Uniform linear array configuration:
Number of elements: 8
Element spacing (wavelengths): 0.75
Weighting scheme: kaiser
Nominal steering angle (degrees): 60
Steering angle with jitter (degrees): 58.513
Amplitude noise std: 0.05
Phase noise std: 0.05

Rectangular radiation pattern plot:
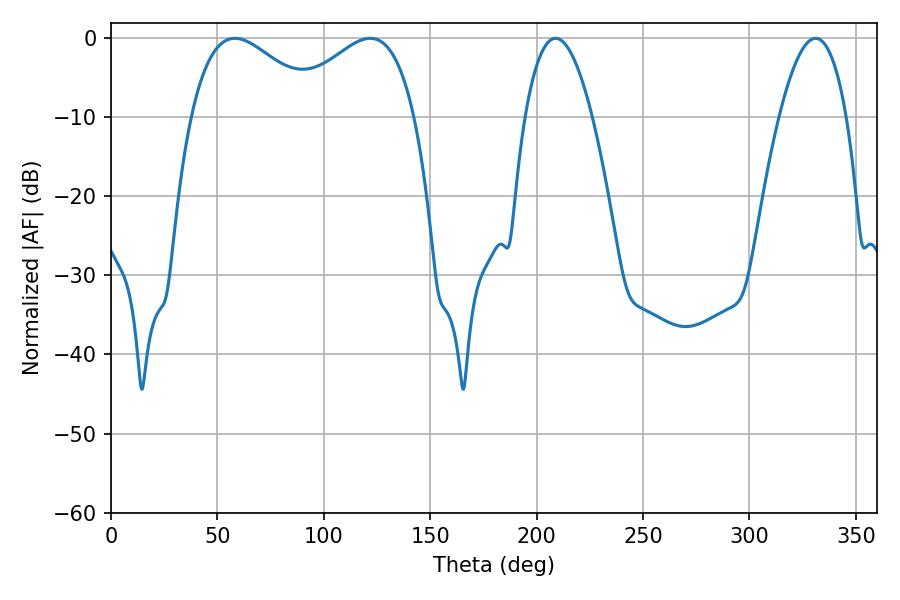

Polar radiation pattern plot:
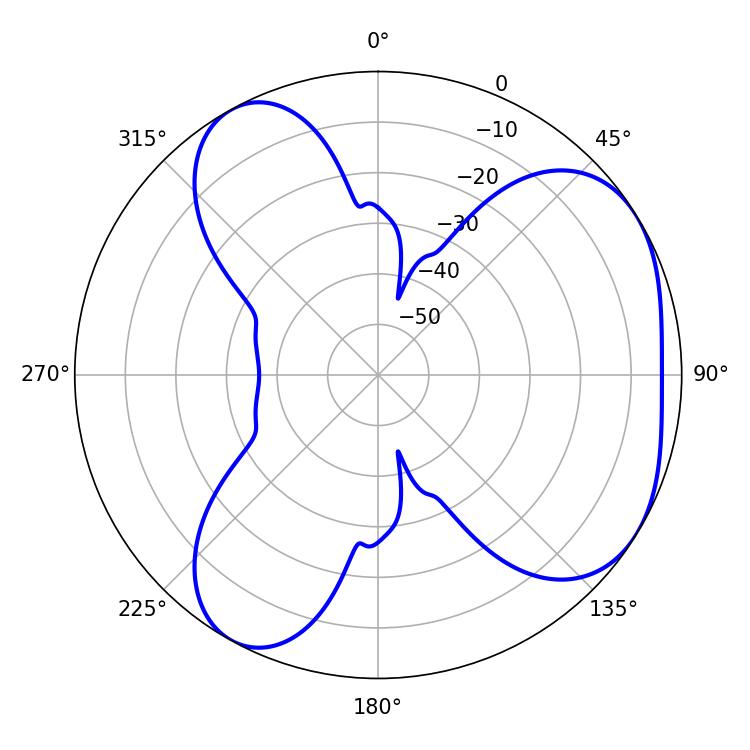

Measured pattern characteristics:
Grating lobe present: TRUE
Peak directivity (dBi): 4.545
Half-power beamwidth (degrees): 33.3
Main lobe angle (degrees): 58.14